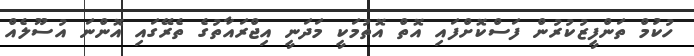
ހުކުމް ތަންފީޒުކުރުން ފަސްކޮށްފައި އޮތް އޮތުމަކީ މަދަނީ އިޖްރައާތުގެ ތެރޭގައި އޮންނަ އުސޫލެއް